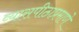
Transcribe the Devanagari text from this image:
व्यासपीठाप्रमाणे